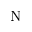
\mathrm { N }